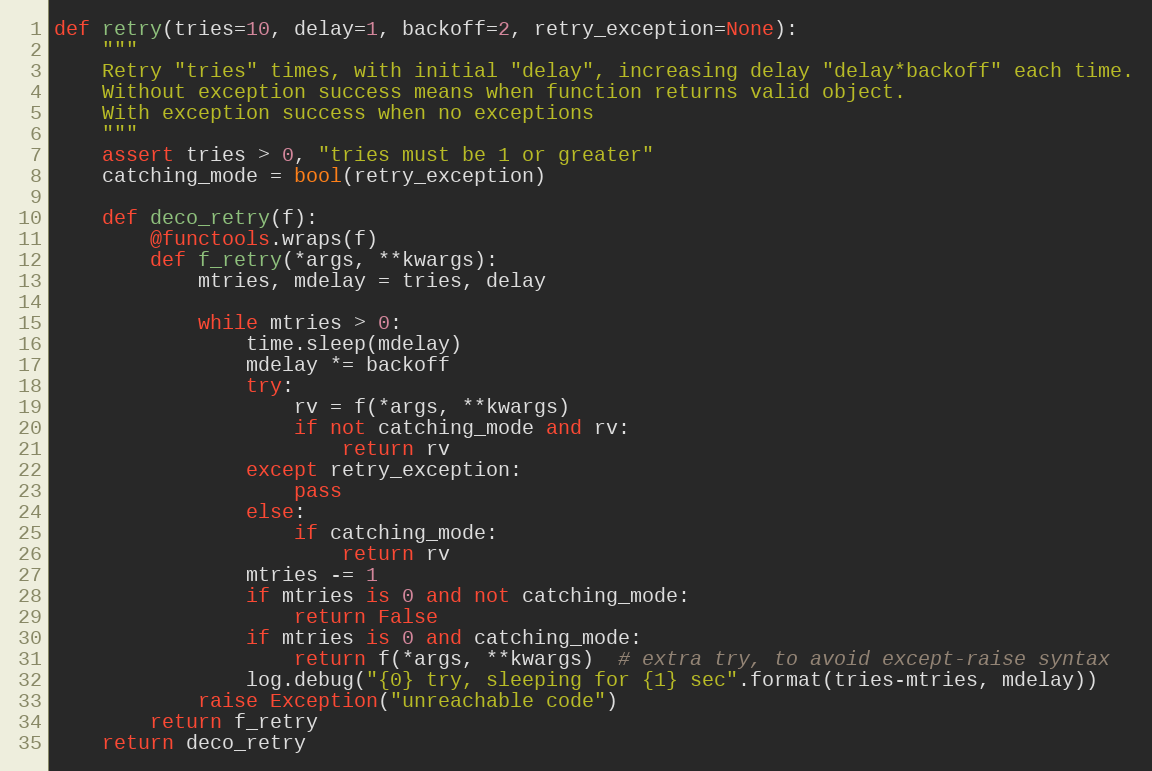
Language: Python
def retry(tries=10, delay=1, backoff=2, retry_exception=None):
    """
    Retry "tries" times, with initial "delay", increasing delay "delay*backoff" each time.
    Without exception success means when function returns valid object.
    With exception success when no exceptions
    """
    assert tries > 0, "tries must be 1 or greater"
    catching_mode = bool(retry_exception)

    def deco_retry(f):
        @functools.wraps(f)
        def f_retry(*args, **kwargs):
            mtries, mdelay = tries, delay

            while mtries > 0:
                time.sleep(mdelay)
                mdelay *= backoff
                try:
                    rv = f(*args, **kwargs)
                    if not catching_mode and rv:
                        return rv
                except retry_exception:
                    pass
                else:
                    if catching_mode:
                        return rv
                mtries -= 1
                if mtries is 0 and not catching_mode:
                    return False
                if mtries is 0 and catching_mode:
                    return f(*args, **kwargs)  # extra try, to avoid except-raise syntax
                log.debug("{0} try, sleeping for {1} sec".format(tries-mtries, mdelay))
            raise Exception("unreachable code")
        return f_retry
    return deco_retry